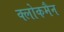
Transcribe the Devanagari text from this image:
क्लोकमैन